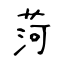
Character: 菏